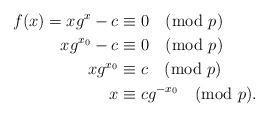
LaTeX: \begin{align*}f(x)=xg^x - c &\equiv 0 \pmod p\\xg^{x_0} -c &\equiv 0 \pmod p\\xg^{x_0} &\equiv c \pmod p\\x &\equiv cg^{-x_0} \pmod p .\end{align*}